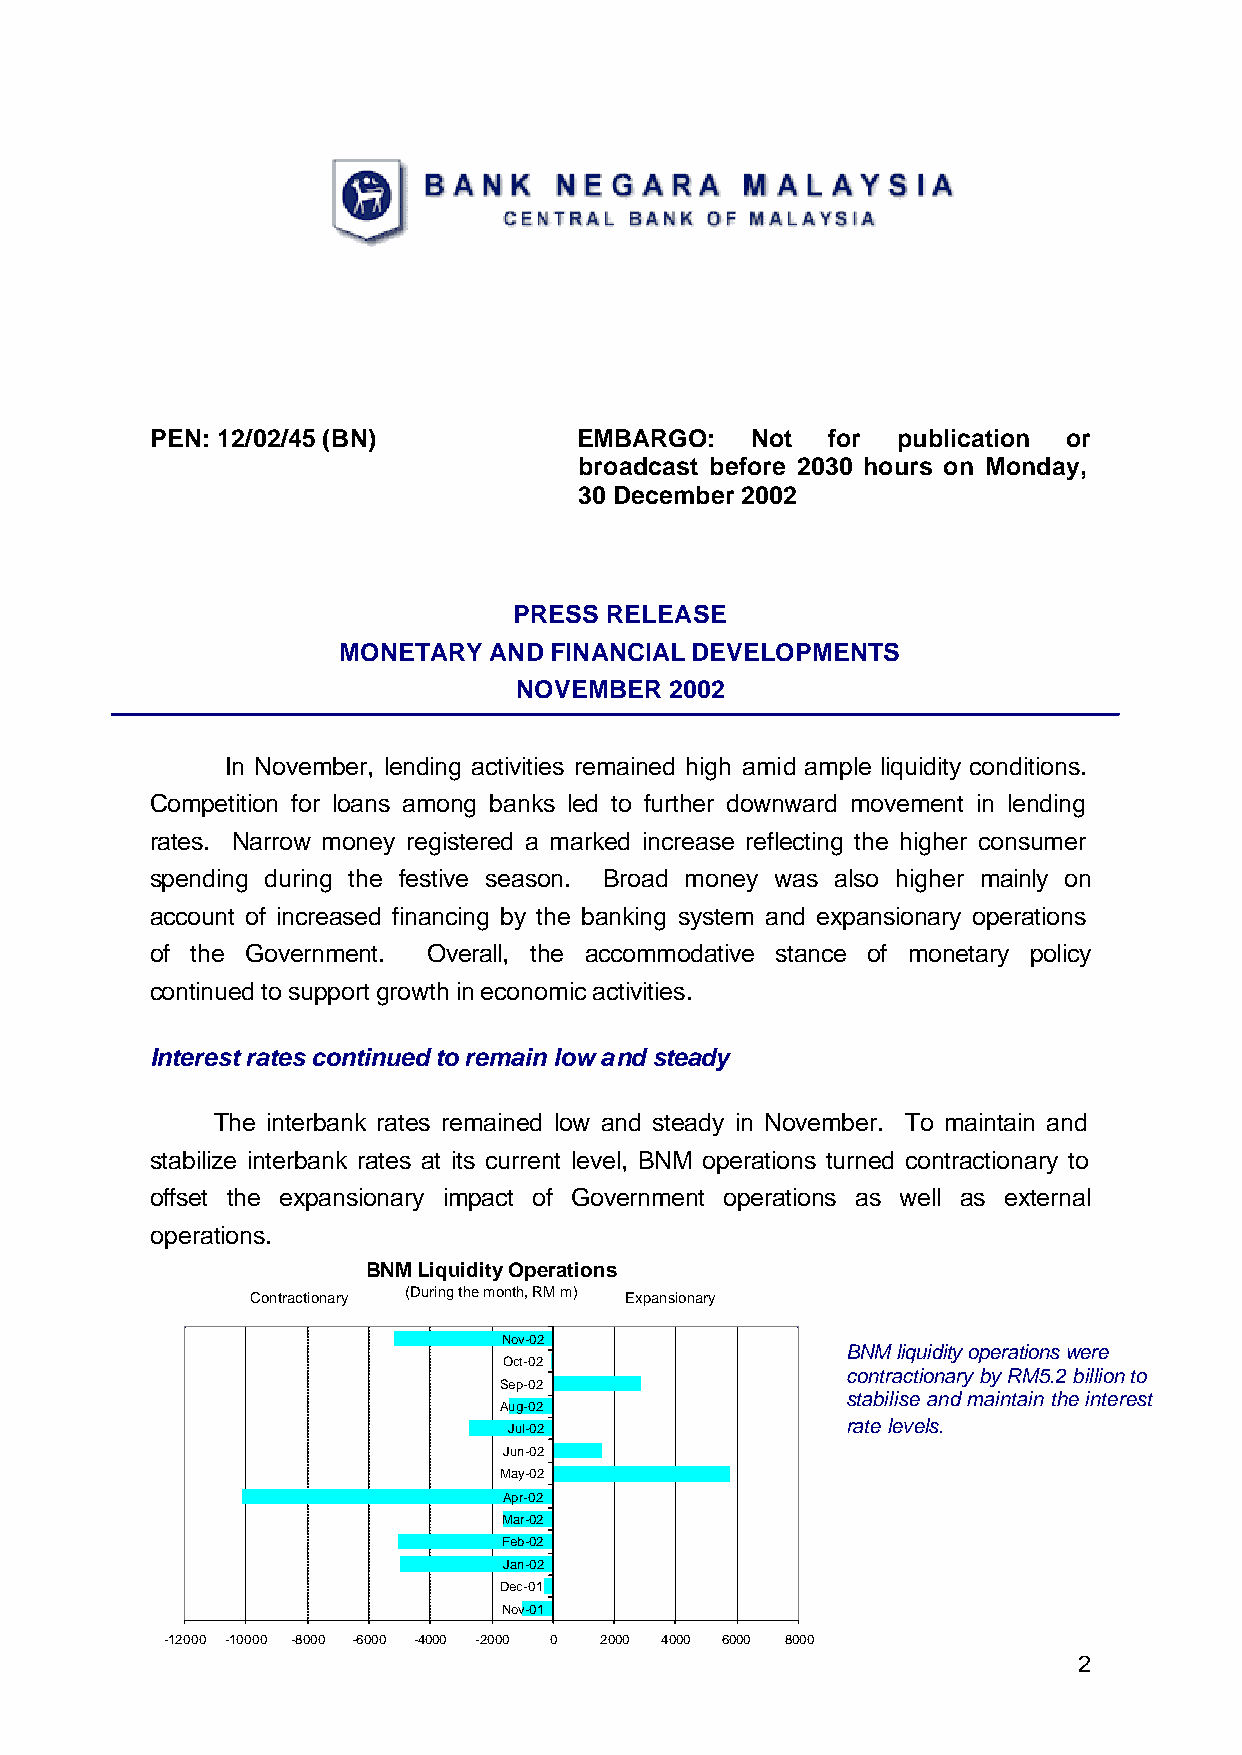
PEN: 12/02/45 (BN)          EMBARGO:    Not  for publication or
 broadcast before 2030 hours on Monday,
 30 December 2002
 PRESS RELEASE
 MONETARY  AND FINANCIAL DEVELOPMENTS
 NOVEMBER  2002
 In November, lending activities remained high amid ample liquidity conditions.
 Competition for loans among banks led to further downward movement in lending
 rates. Narrow money registered a marked increase reflecting the higher consumer
 spending during the festive season. Broad money was also higher mainly on
 account of increased financing by the banking system and expansionary operations
 of the Government. Overall, the accommodative stance of monetary policy
 continued to support growth in economic activities.
 Interest rates continued to remain low and steady
 The interbank rates remained low and steady in November. To maintain and
 stabilize interbank rates at its current level, BNM operations turned contractionary to
 offset the expansionary impact of Government operations as well as external
 operations.
 BNM Liquidity Operations
 Contractionary (During the month, RM m) Expansionary
 Nov-02
 BNM liquidity operations were
 Oct-02
 contractionary by RM5.2 billion to
 Sep-02
 stabilise and maintain the interest
 Aug-02
 Jul-02                rate levels.
 Jun-02
 May-02
 Apr-02
 Mar-02
 Feb-02
 Jan-02
 Dec-01
 Nov-01
 -12000 -10000 -8000 -6000 -4000 -2000 0 2000 4000 6000 8000
 2